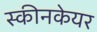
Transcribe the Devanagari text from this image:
स्कीनकेयर